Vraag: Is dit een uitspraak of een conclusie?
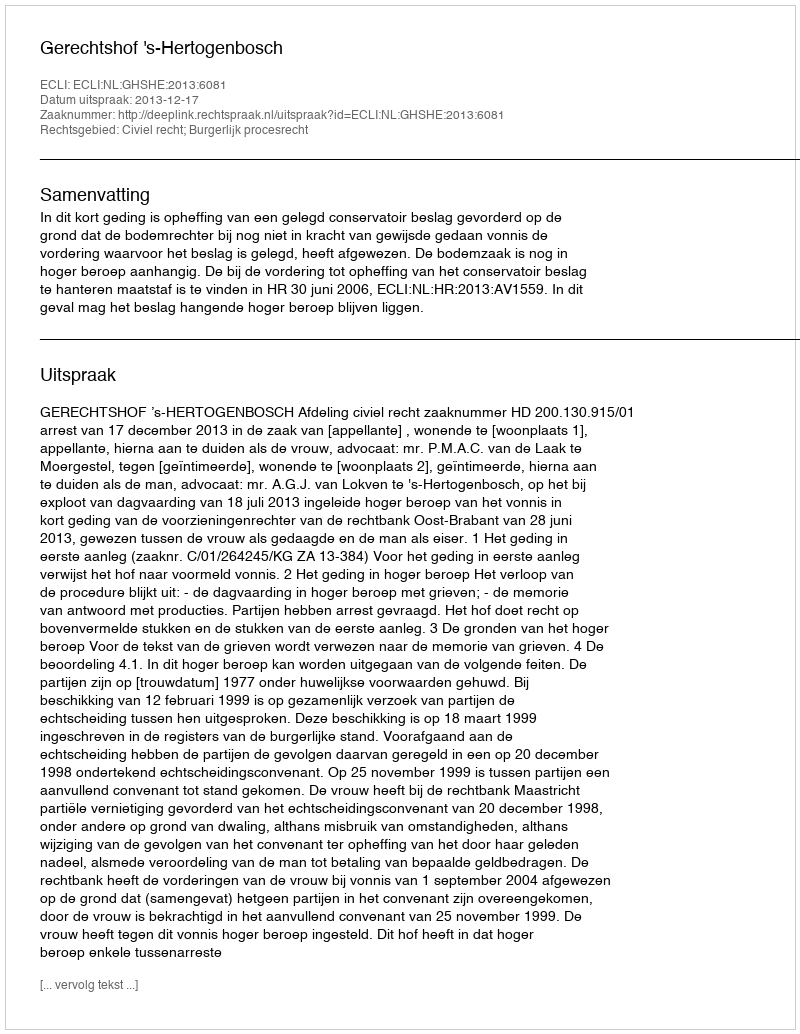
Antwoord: Uitspraak